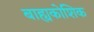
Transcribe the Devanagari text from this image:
बाह्यकोशिक